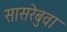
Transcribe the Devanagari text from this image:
सासरेबुवा